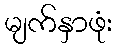
မျက်နှာဖုံး